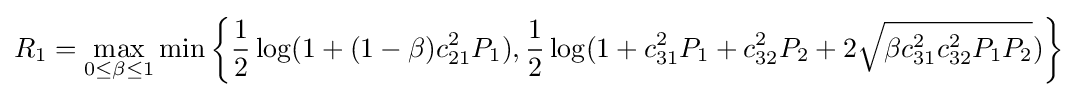
R_{1}=\max _{0\leq \beta \leq 1}\min \left\{{\frac {1}{2}}\log(1+(1-\beta )c_{21}^{2}P_{1}),{\frac {1}{2}}\log(1+c_{31}^{2}P_{1}+c_{32}^{2}P_{2}+2{\sqrt {\beta c_{31}^{2}c_{32}^{2}P_{1}P_{2}}})\right\}